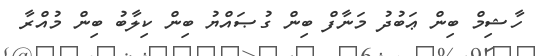
ހާޝިމް ބިން ޢަބުދު މަނާފް ބިން ގުޞައްޔު ބިން ކިލާބު ބިން މުއްރާ